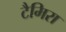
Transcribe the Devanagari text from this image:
टैमिरा